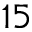
1 5